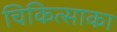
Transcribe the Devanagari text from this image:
चिकित्साका